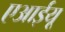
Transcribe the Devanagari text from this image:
एआईयू